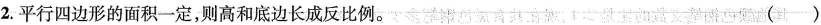
2.平行四边形的面积一定，则高和底边长成反比例。()